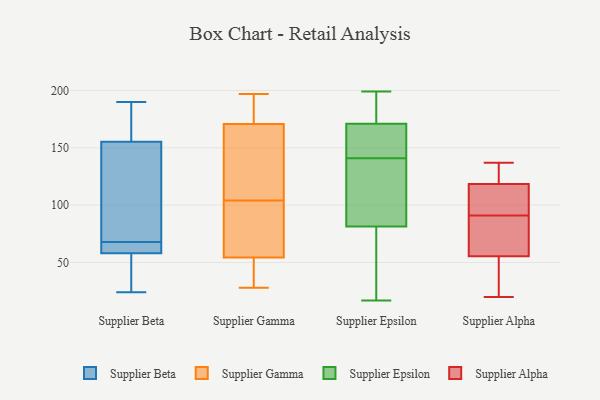
{"axis": {"x": "Satisfaction Score", "y": "Value"}, "legend": ["Supplier Alpha", "Supplier Beta", "Supplier Epsilon", "Supplier Gamma"], "data": [{"x": "", "y": 24, "type": "Supplier Beta"}, {"x": "", "y": 41, "type": "Supplier Beta"}, {"x": "", "y": 68, "type": "Supplier Beta"}, {"x": "", "y": 76, "type": "Supplier Beta"}, {"x": "", "y": 173, "type": "Supplier Beta"}, {"x": "", "y": 132, "type": "Supplier Beta"}, {"x": "", "y": 64, "type": "Supplier Beta"}, {"x": "", "y": 64, "type": "Supplier Beta"}, {"x": "", "y": 190, "type": "Supplier Beta"}, {"x": "", "y": 56, "type": "Supplier Beta"}, {"x": "", "y": 163, "type": "Supplier Beta"}, {"x": "", "y": 41, "type": "Supplier Gamma"}, {"x": "", "y": 179, "type": "Supplier Gamma"}, {"x": "", "y": 127, "type": "Supplier Gamma"}, {"x": "", "y": 86, "type": "Supplier Gamma"}, {"x": "", "y": 33, "type": "Supplier Gamma"}, {"x": "", "y": 183, "type": "Supplier Gamma"}, {"x": "", "y": 142, "type": "Supplier Gamma"}, {"x": "", "y": 168, "type": "Supplier Gamma"}, {"x": "", "y": 197, "type": "Supplier Gamma"}, {"x": "", "y": 67, "type": "Supplier Gamma"}, {"x": "", "y": 104, "type": "Supplier Gamma"}, {"x": "", "y": 186, "type": "Supplier Gamma"}, {"x": "", "y": 86, "type": "Supplier Gamma"}, {"x": "", "y": 28, "type": "Supplier Gamma"}, {"x": "", "y": 117, "type": "Supplier Gamma"}, {"x": "", "y": 59, "type": "Supplier Gamma"}, {"x": "", "y": 38, "type": "Supplier Gamma"}, {"x": "", "y": 151, "type": "Supplier Epsilon"}, {"x": "", "y": 149, "type": "Supplier Epsilon"}, {"x": "", "y": 68, "type": "Supplier Epsilon"}, {"x": "", "y": 62, "type": "Supplier Epsilon"}, {"x": "", "y": 17, "type": "Supplier Epsilon"}, {"x": "", "y": 86, "type": "Supplier Epsilon"}, {"x": "", "y": 174, "type": "Supplier Epsilon"}, {"x": "", "y": 99, "type": "Supplier Epsilon"}, {"x": "", "y": 199, "type": "Supplier Epsilon"}, {"x": "", "y": 91, "type": "Supplier Epsilon"}, {"x": "", "y": 141, "type": "Supplier Epsilon"}, {"x": "", "y": 197, "type": "Supplier Epsilon"}, {"x": "", "y": 170, "type": "Supplier Epsilon"}, {"x": "", "y": 137, "type": "Supplier Alpha"}, {"x": "", "y": 66, "type": "Supplier Alpha"}, {"x": "", "y": 58, "type": "Supplier Alpha"}, {"x": "", "y": 122, "type": "Supplier Alpha"}, {"x": "", "y": 20, "type": "Supplier Alpha"}, {"x": "", "y": 106, "type": "Supplier Alpha"}, {"x": "", "y": 25, "type": "Supplier Alpha"}, {"x": "", "y": 83, "type": "Supplier Alpha"}, {"x": "", "y": 53, "type": "Supplier Alpha"}, {"x": "", "y": 115, "type": "Supplier Alpha"}, {"x": "", "y": 137, "type": "Supplier Alpha"}, {"x": "", "y": 99, "type": "Supplier Alpha"}]}